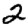
Digit: 2